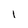
Character: 1